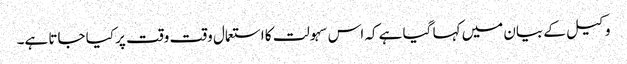
وکیل کے بیان میں کہا گیا ہے کہ اس سہولت کا استعمال وقت وقت پر کیا جاتا ہے۔